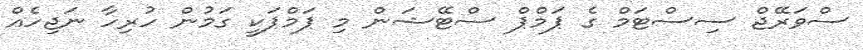
ސްވަރޭޖް ސިސްޓަމް ގެ ޕަމްޕް ސްޓޭޝަން މި ޕަމްޕަކީ ގަމުން ހުރިހާ ނަޖިހެއް